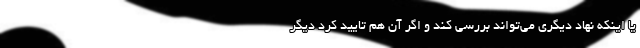
یا اینکه نهاد دیگری می‌تواند بررسی کند و اگر آن هم تایید کرد دیگر